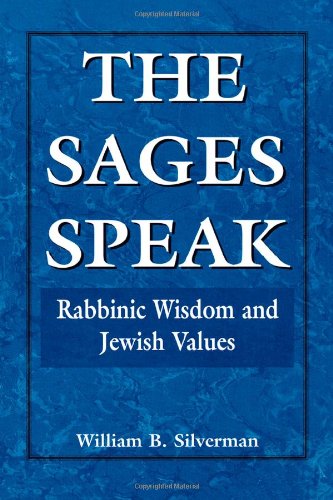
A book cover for The Sages Speak: Rabbinic Wisdom and Jewish Values; William B. Silverman; Religion & Spirituality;